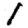
Digit: 1